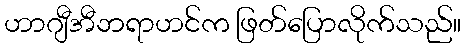
ဟာဂျီအီဘရာဟင်က ဖြတ်ပြောလိုက်သည်။